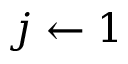
j \leftarrow 1